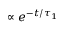
\propto e ^ { - t / \tau _ { 1 } }